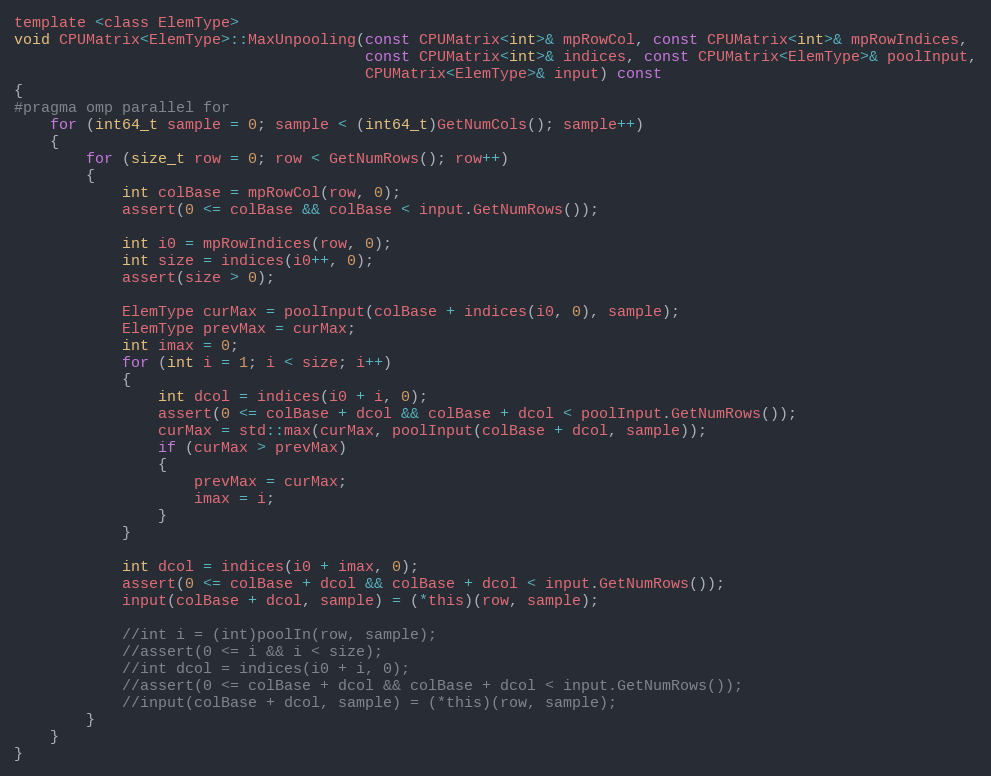
Language: C
template <class ElemType>
void CPUMatrix<ElemType>::MaxUnpooling(const CPUMatrix<int>& mpRowCol, const CPUMatrix<int>& mpRowIndices,
                                       const CPUMatrix<int>& indices, const CPUMatrix<ElemType>& poolInput,
                                       CPUMatrix<ElemType>& input) const
{
#pragma omp parallel for
    for (int64_t sample = 0; sample < (int64_t)GetNumCols(); sample++)
    {
        for (size_t row = 0; row < GetNumRows(); row++)
        {
            int colBase = mpRowCol(row, 0);
            assert(0 <= colBase && colBase < input.GetNumRows());

            int i0 = mpRowIndices(row, 0);
            int size = indices(i0++, 0);
            assert(size > 0);

            ElemType curMax = poolInput(colBase + indices(i0, 0), sample);
            ElemType prevMax = curMax;
            int imax = 0;
            for (int i = 1; i < size; i++)
            {
                int dcol = indices(i0 + i, 0);
                assert(0 <= colBase + dcol && colBase + dcol < poolInput.GetNumRows());
                curMax = std::max(curMax, poolInput(colBase + dcol, sample));
                if (curMax > prevMax)
                {
                    prevMax = curMax;
                    imax = i;
                }
            }

            int dcol = indices(i0 + imax, 0);
            assert(0 <= colBase + dcol && colBase + dcol < input.GetNumRows());
            input(colBase + dcol, sample) = (*this)(row, sample);

            //int i = (int)poolIn(row, sample);
            //assert(0 <= i && i < size);
            //int dcol = indices(i0 + i, 0);
            //assert(0 <= colBase + dcol && colBase + dcol < input.GetNumRows());
            //input(colBase + dcol, sample) = (*this)(row, sample);
        }
    }
}